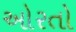
ઓરતો